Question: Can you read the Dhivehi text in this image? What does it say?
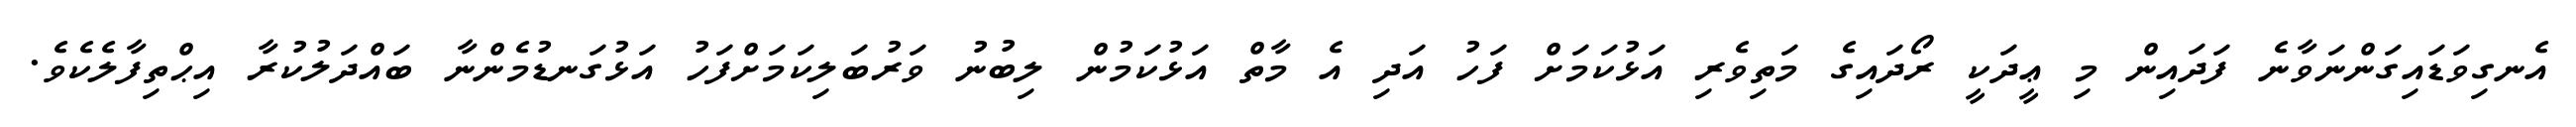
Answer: އެނގިވަޑައިގަންނަވާނެ ފަދައިން މި ޢީދަކީ ރޯދައިގެ މަތިވެރި އަޅުކަމަށް ފަހު އަދި އެ މާތް އަޅުކަމުން ލިބުނު ވަރުބަލިކަމަށްފަހު އަޅުގަނޑުމެންނާ ބައްދަލުކުރާ އިޙްތިފާލެކެވެ.